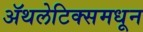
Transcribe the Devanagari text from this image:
ॲथलेटिक्समधून